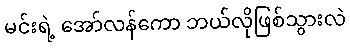
မင်းရဲ့ အော်လန်ကော ဘယ်လိုဖြစ်သွားလဲ